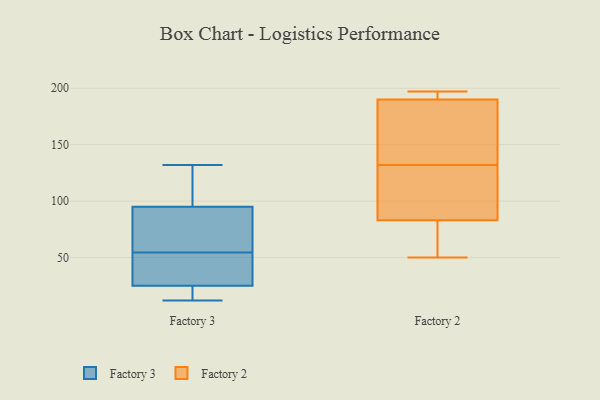
{"axis": {"x": "Market Share (%)", "y": "Value"}, "legend": ["Factory 2", "Factory 3"], "data": [{"x": "", "y": 25, "type": "Factory 3"}, {"x": "", "y": 25, "type": "Factory 3"}, {"x": "", "y": 80, "type": "Factory 3"}, {"x": "", "y": 132, "type": "Factory 3"}, {"x": "", "y": 29, "type": "Factory 3"}, {"x": "", "y": 110, "type": "Factory 3"}, {"x": "", "y": 41, "type": "Factory 3"}, {"x": "", "y": 120, "type": "Factory 3"}, {"x": "", "y": 15, "type": "Factory 3"}, {"x": "", "y": 68, "type": "Factory 3"}, {"x": "", "y": 12, "type": "Factory 3"}, {"x": "", "y": 71, "type": "Factory 3"}, {"x": "", "y": 135, "type": "Factory 2"}, {"x": "", "y": 84, "type": "Factory 2"}, {"x": "", "y": 194, "type": "Factory 2"}, {"x": "", "y": 66, "type": "Factory 2"}, {"x": "", "y": 129, "type": "Factory 2"}, {"x": "", "y": 174, "type": "Factory 2"}, {"x": "", "y": 190, "type": "Factory 2"}, {"x": "", "y": 83, "type": "Factory 2"}, {"x": "", "y": 50, "type": "Factory 2"}, {"x": "", "y": 197, "type": "Factory 2"}]}